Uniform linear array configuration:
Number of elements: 16
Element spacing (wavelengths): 0.25
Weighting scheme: kaiser
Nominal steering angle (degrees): -15
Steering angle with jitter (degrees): -15.378
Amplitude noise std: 0.05
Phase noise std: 0.05

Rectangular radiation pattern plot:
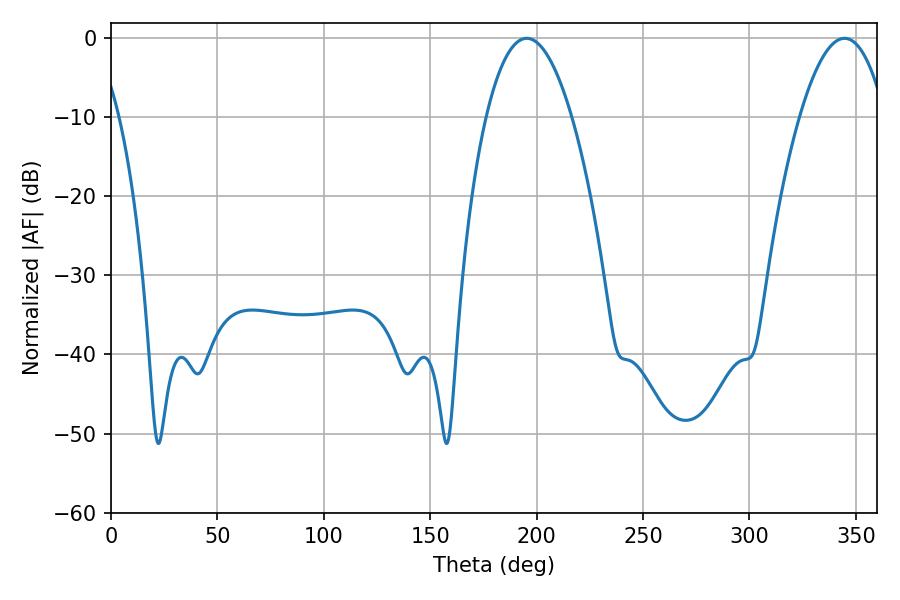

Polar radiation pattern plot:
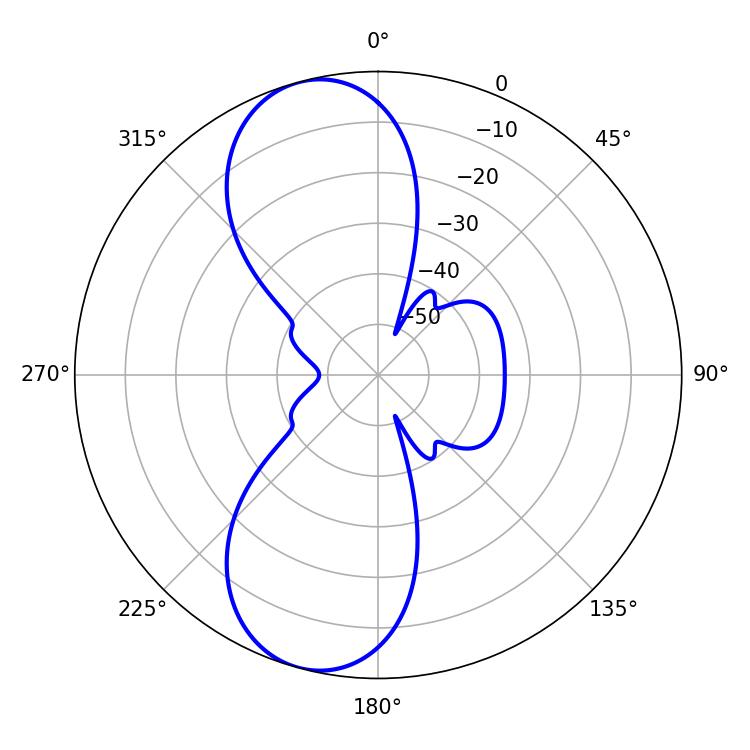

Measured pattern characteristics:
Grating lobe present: FALSE
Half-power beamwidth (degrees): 22.32
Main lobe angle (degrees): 195.3